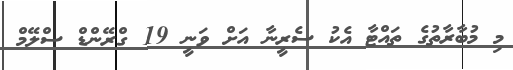
މި މުބާރާތުގެ ތައްޓާ އެކު ސެރީނާ އަށް ވަނީ 19 ގްރޭންޑް ސްލޭމް